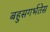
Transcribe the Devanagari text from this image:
बहुसगर्भतेस